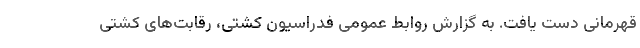
قهرمانی دست یافت. به گزارش روابط عمومی فدراسیون کشتی، رقابت‌های کشتی